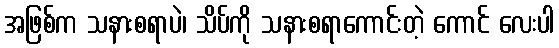
အဖြစ်က သနားစရာပဲ၊ သိပ်ကို သနားစရာကောင်းတဲ့ ကောင် လေးပါ